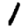
Digit: 1